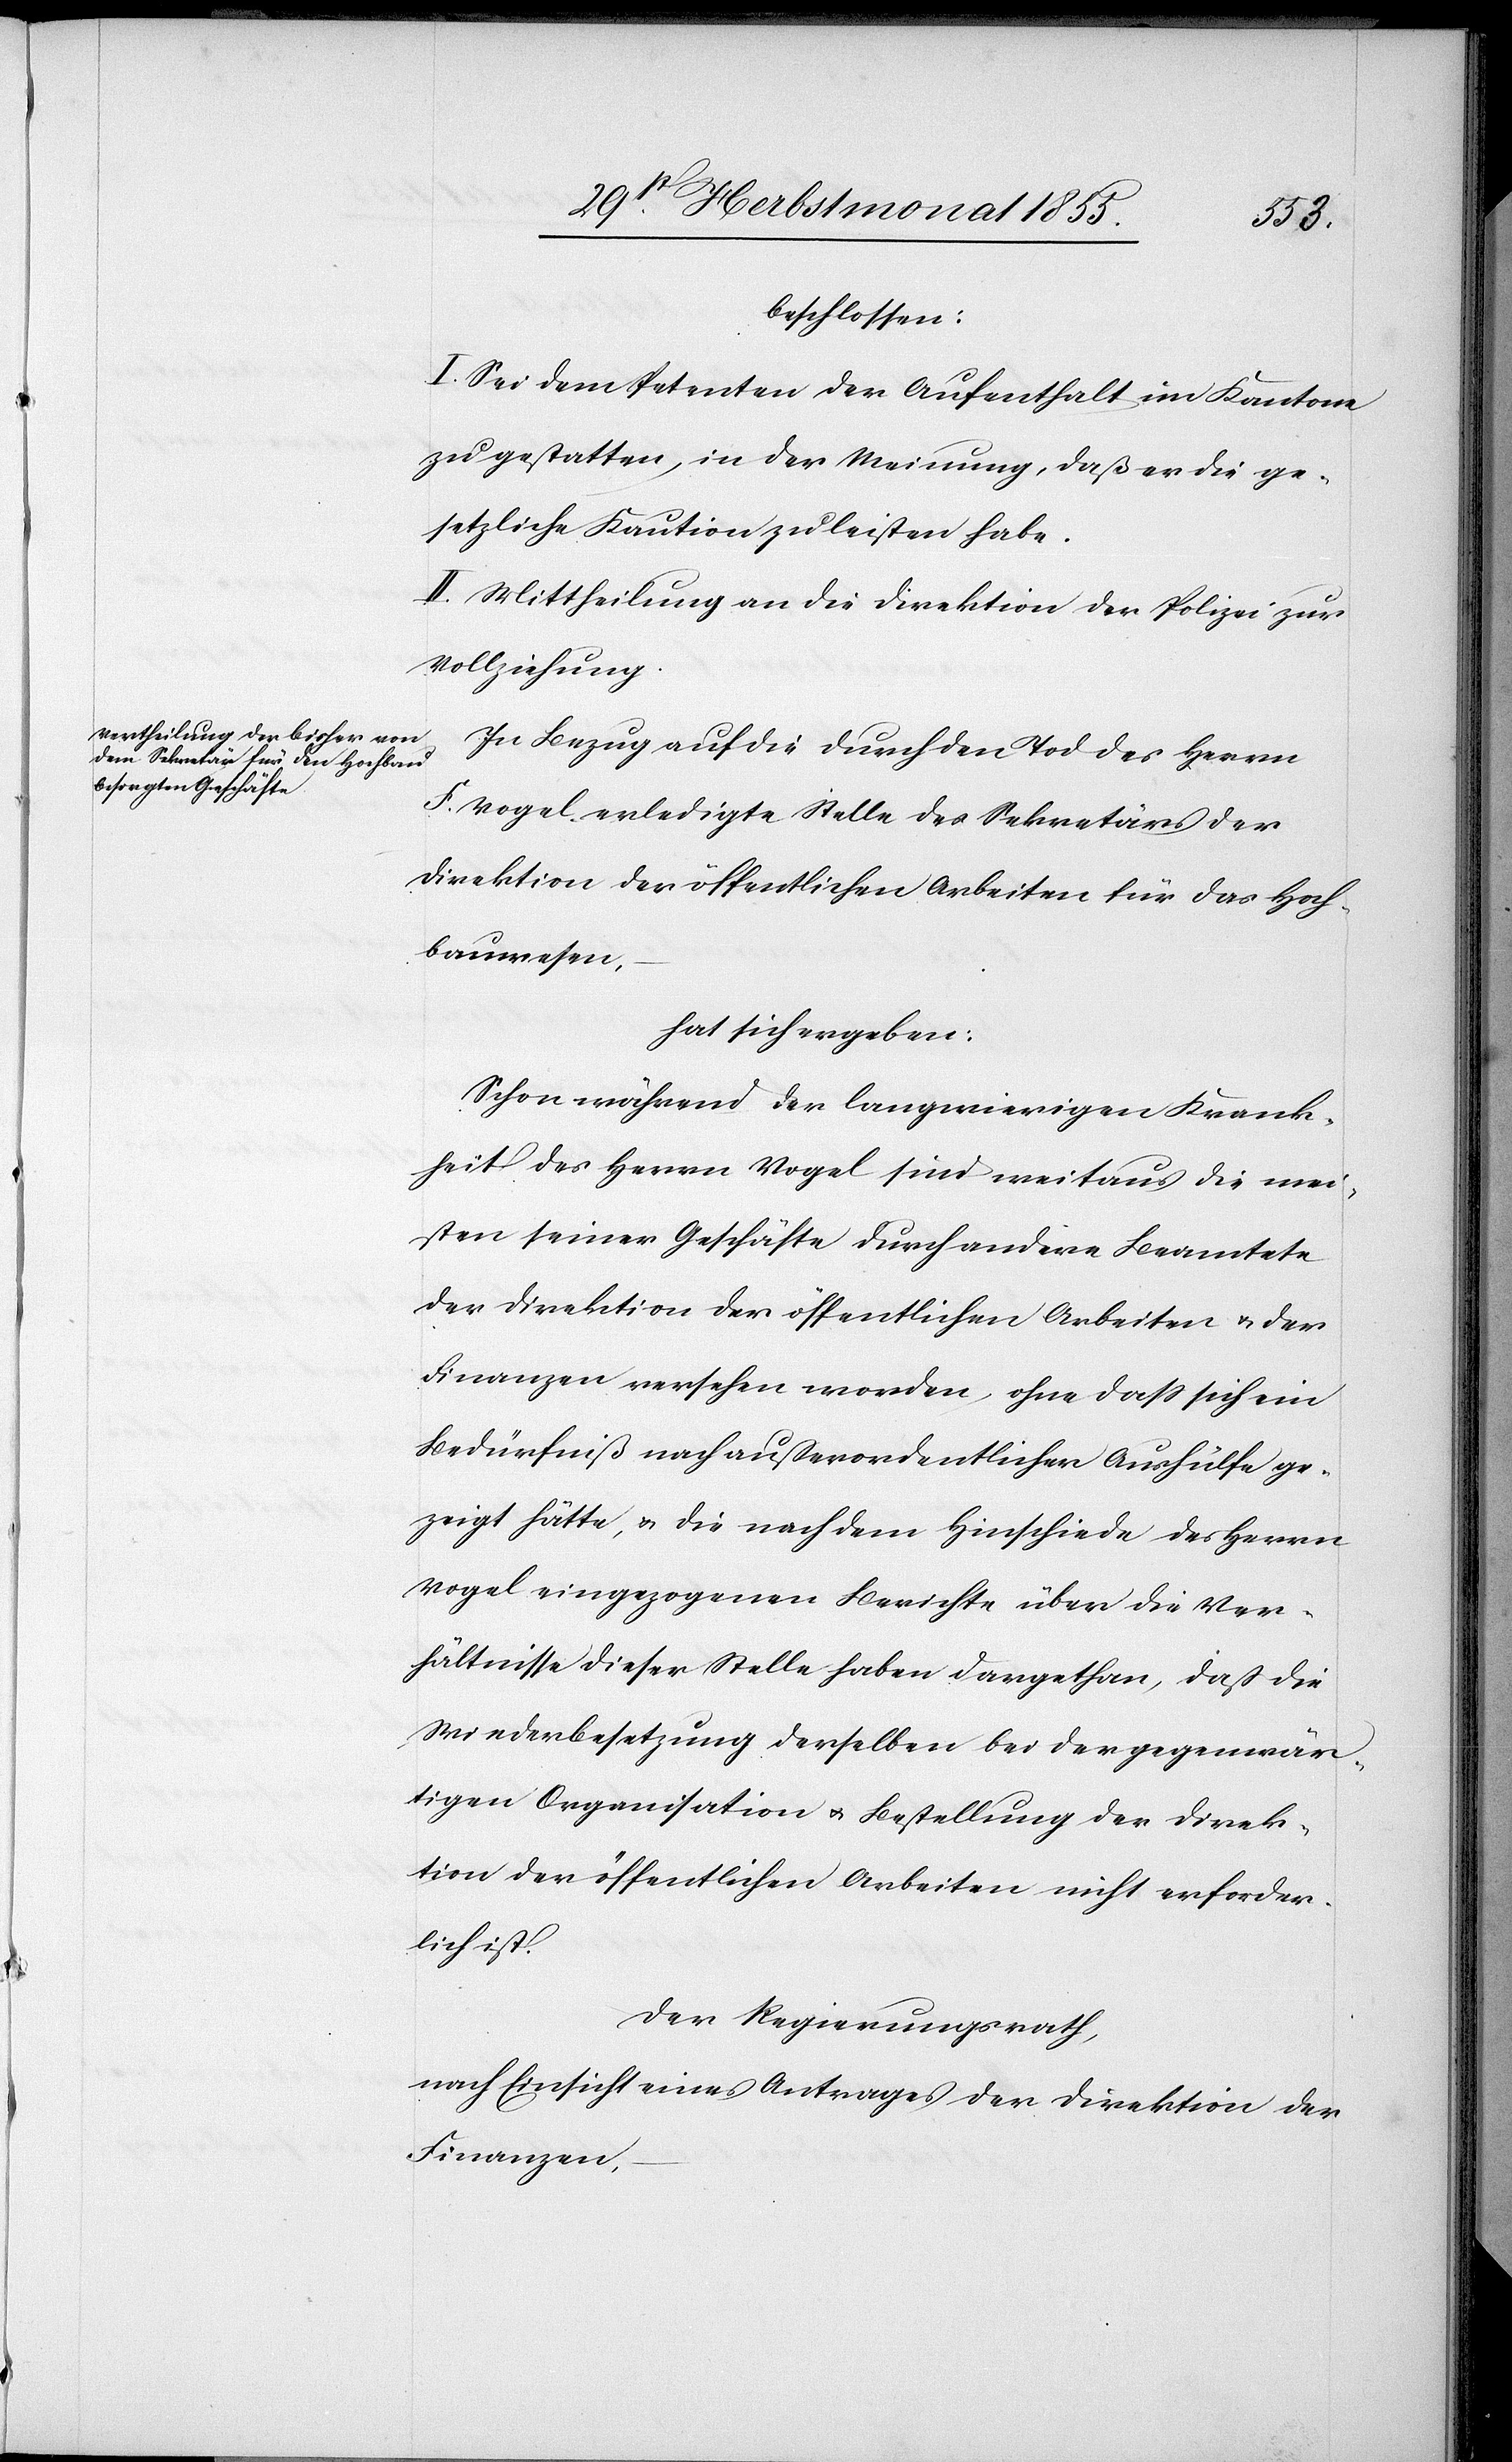
beschlossen:
I. Sei dem Petenten der Aufenthalt im Kantone
zu gestatten, in der Meinung, daß er die ge¬
setzliche Kaution zu leisten habe.
II. Mittheilung an die Direktion der Polizei zur
Vollziehung.
In Bezug auf die durch den Tod des Herrn
F. Vogel erledigte Stelle des Sekretärs der
Direktion der öffentlichen Arbeiten für das Hoch¬
bauwesen,
hat sich ergeben:
Schon während der langwierigen Krank¬
heit des Herrn Vogel sind weitaus die mei¬
sten seiner Geschäfte durch andere Beamtete
der Direktion der öffentlichen Arbeiten & der
Finanzen versehen worden, ohne dass sich ein
Bedürfniß nach außerordentlicher Aushülfe ge¬
zeigt hätte, & die nach dem Hinschiede des Herrn
Vogel eingezogenen Berichte über die Ver¬
hältnisse dieser Stelle haben dargethan, daß die
Wiederbesetzung derselben bei der gegenwär¬
tigen Organisation & Bestellung der Direk¬
tion der öffentlichen Arbeiten nicht erforder¬
lich ist.
Der Regierungsrath,
nach Einsicht eines Antrages der Direktion der
Finanzen,